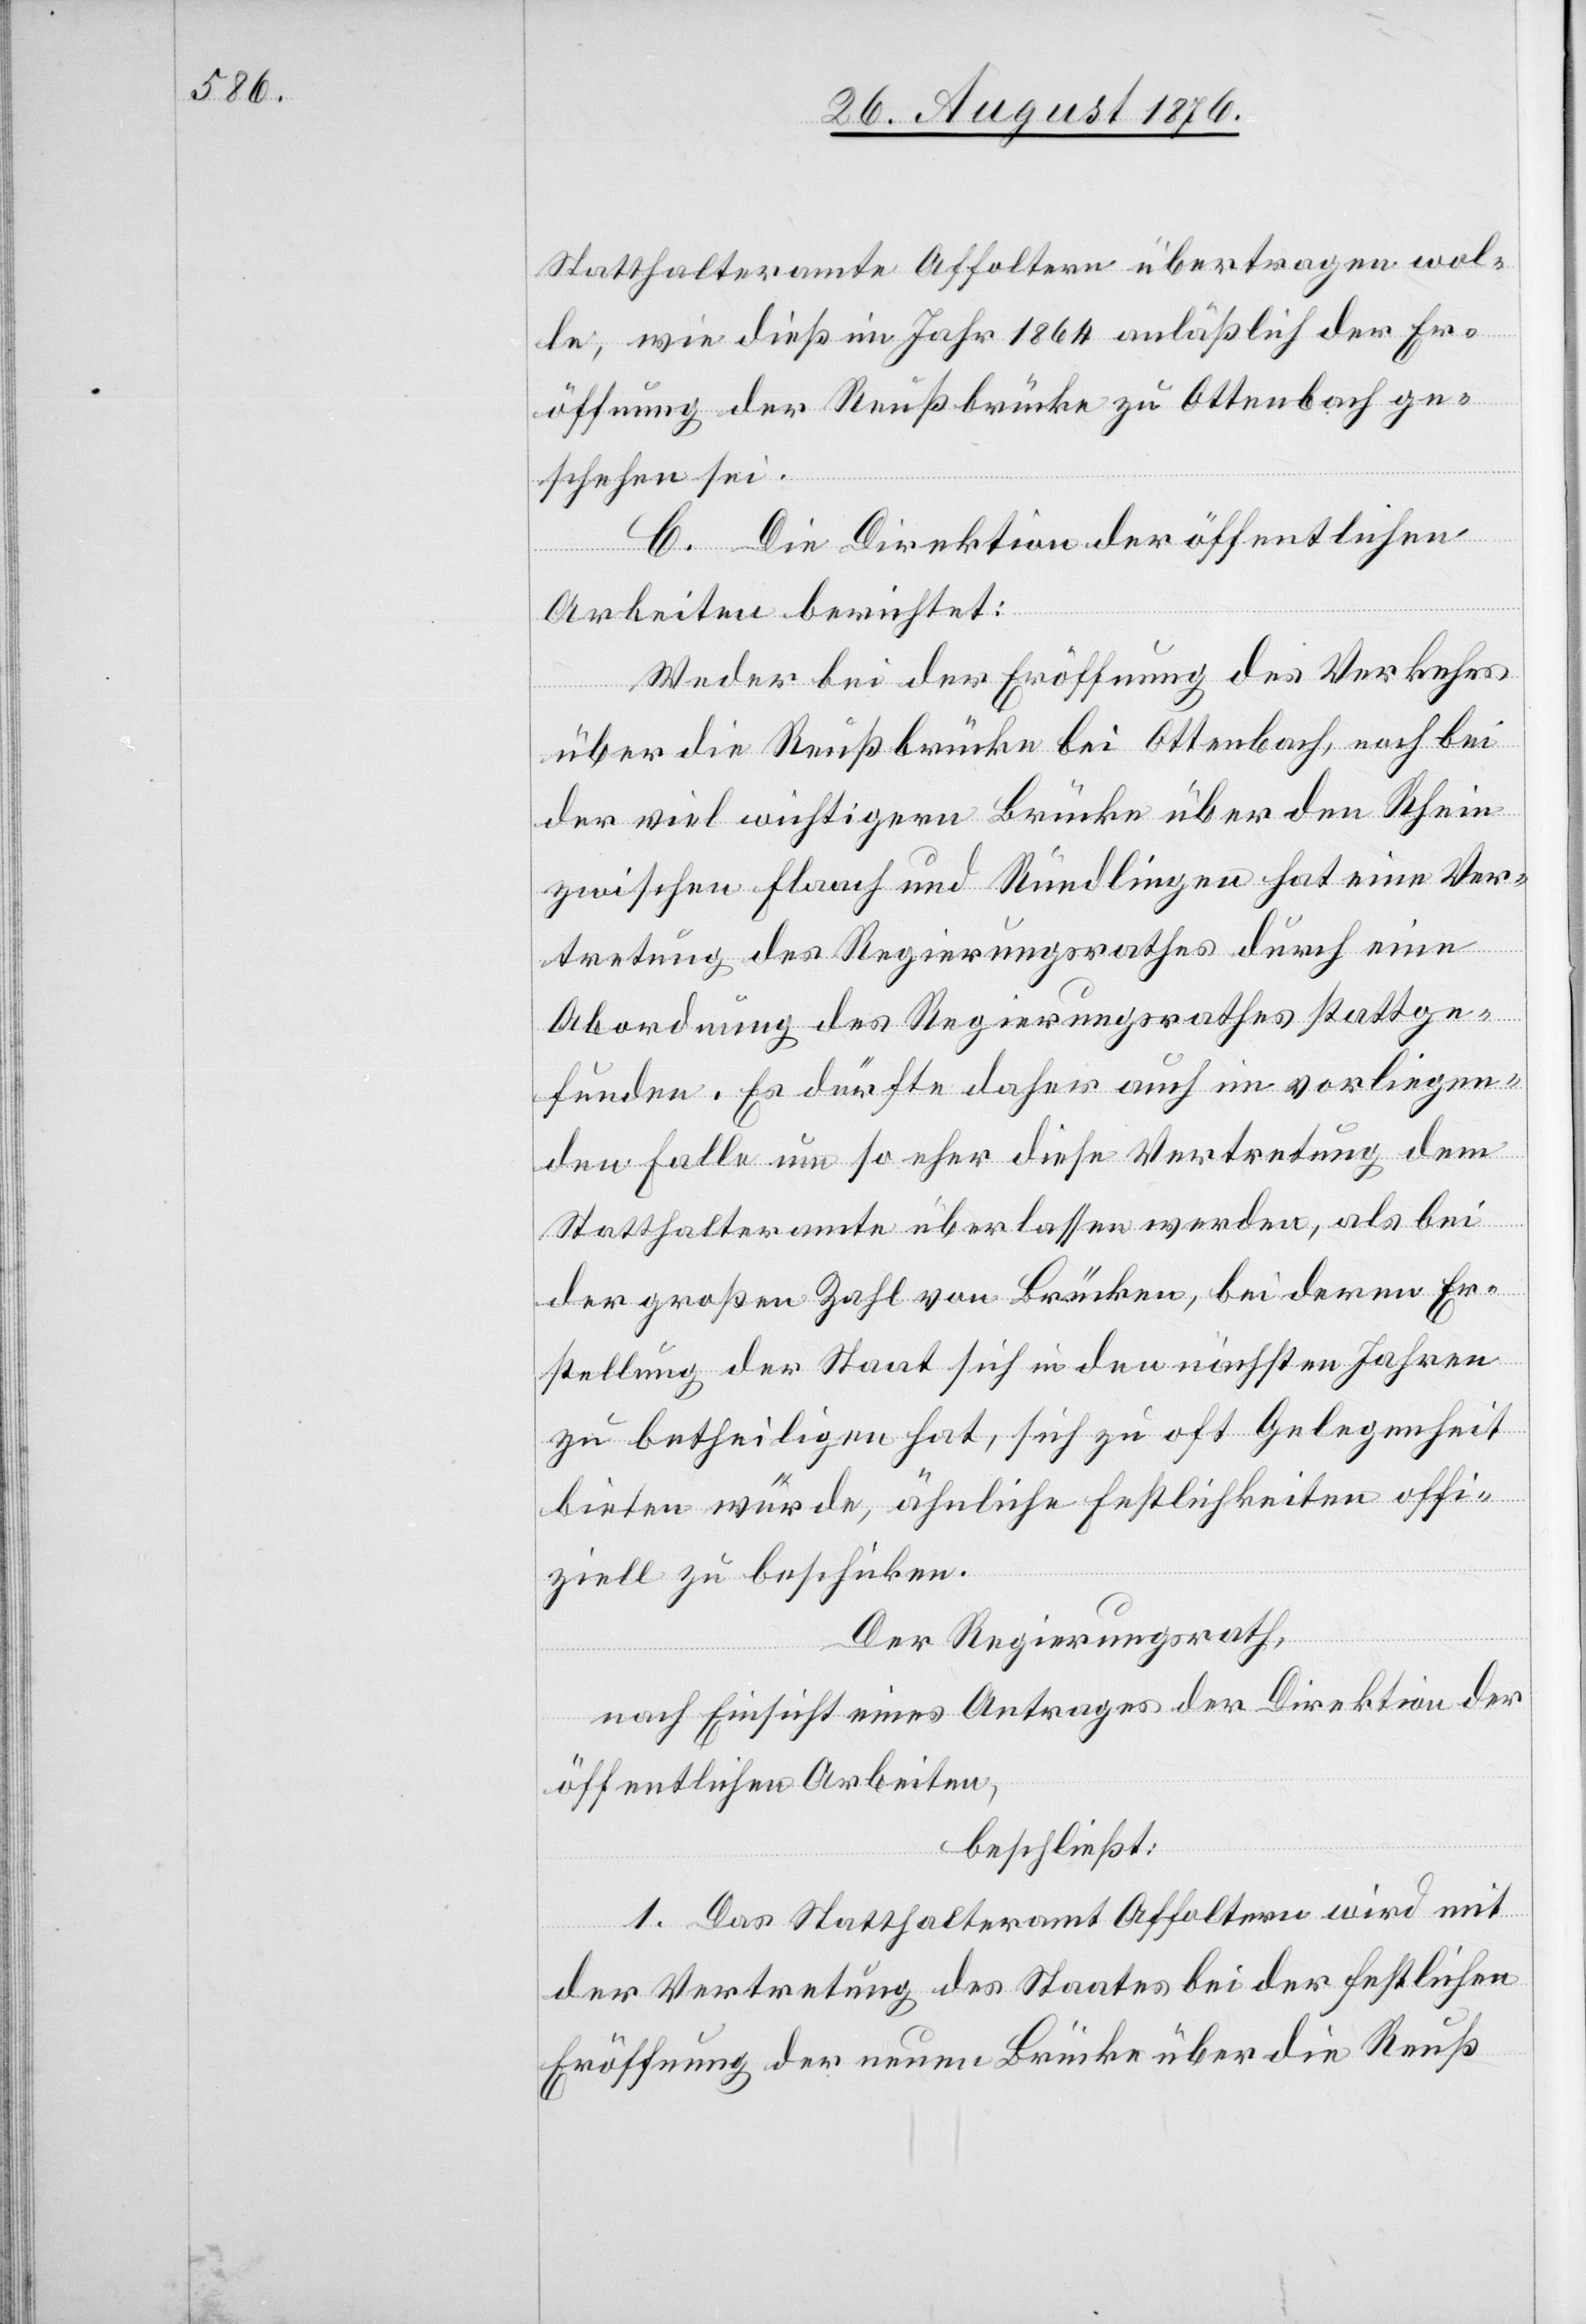
Statthalteramte Affoltern übertragen wol¬
le, wie dieß im Jahr 1864 anläßlich der Er¬
öffnung der Reußbrücke zu Ottenbach ge¬
schehen sei.
C. Die Direktion der öffentlichen
Arbeiten berichtet:
Weder bei der Eröffnung des Verkehrs
über die Reußbrücke bei Ottenbach, noch bei
der viel wichtigern Brücke über den Rhein
zwischen Flaach und Ründlingen hat eine Ver¬
tretung des Regierungsrathes durch eine
Abordnung des Regierungsrathes stattge¬
funden. Es dürfte daher auch im vorliegen¬
den Falle um so eher diese Vertretung dem
Statthalteramte überlassen werden, als bei
der großen Zahl von Brücken, bei deren Er¬
stellung der Staat sich in den nächsten Jahren
zu betheiligen hat, sich zu oft Gelegenheit
bieten würde, ähnliche Festlichkeiten offi¬
ziell zu beschicken.
Der Regierungsrath,
nach Einsicht eines Antrages der Direktion der
öffentlichen Arbeiten,
beschließt:
1. Das Statthalteramt Affoltern wird mit
der Vertretung des Staates bei der festlichen
Eröffnung der neuen Brücke über die Reuß